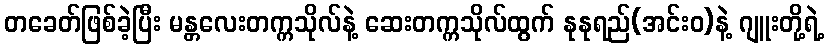
တခေတ်ဖြစ်ခဲ့ပြီး မန္တလေးတက္ကသိုလ်နဲ့ ဆေးတက္ကသိုလ်ထွက် နုနုရည်(အင်းဝ)နဲ့ ဂျူးတို့ရဲ့